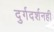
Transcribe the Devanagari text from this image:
दुर्गदर्शनही